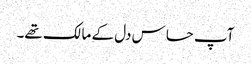
آپ حساس دل کے مالک تھے۔